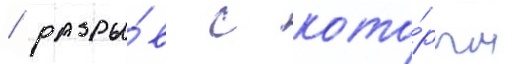
/ разры́в с кото́рым